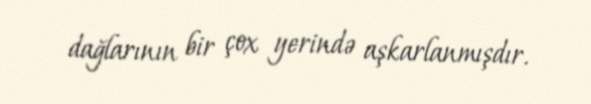
dağlarının bir çox yerində aşkarlanmışdır.